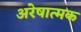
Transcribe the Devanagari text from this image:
अरेषात्मक